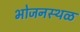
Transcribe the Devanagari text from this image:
भोजनस्थळ